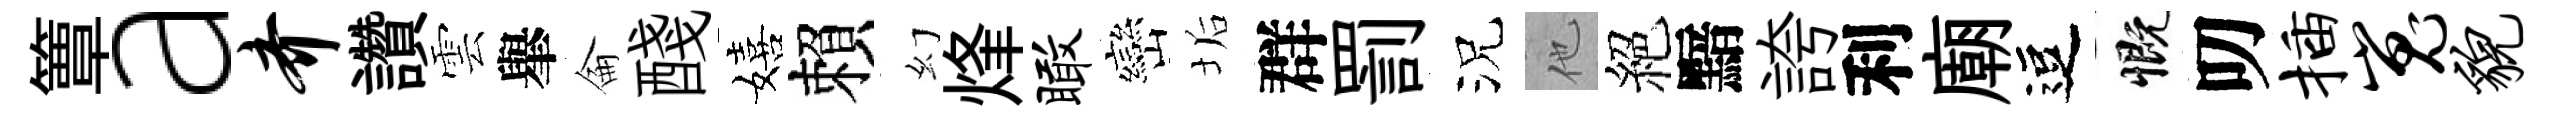
簟a齐讚雲𦦙侖醆嬉賴幻烽瞰巒垢群罰況他絕黯誇利廟逗慨叨插嵬貌